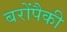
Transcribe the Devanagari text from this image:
बरोंपैकी